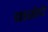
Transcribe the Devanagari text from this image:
कसेचे